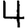
Digit: 4